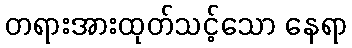
တရားအားထုတ်သင့်သော နေရာ